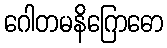
ဂေါတမနိဂြောဓော